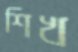
শিখ